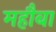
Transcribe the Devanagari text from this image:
महौबा